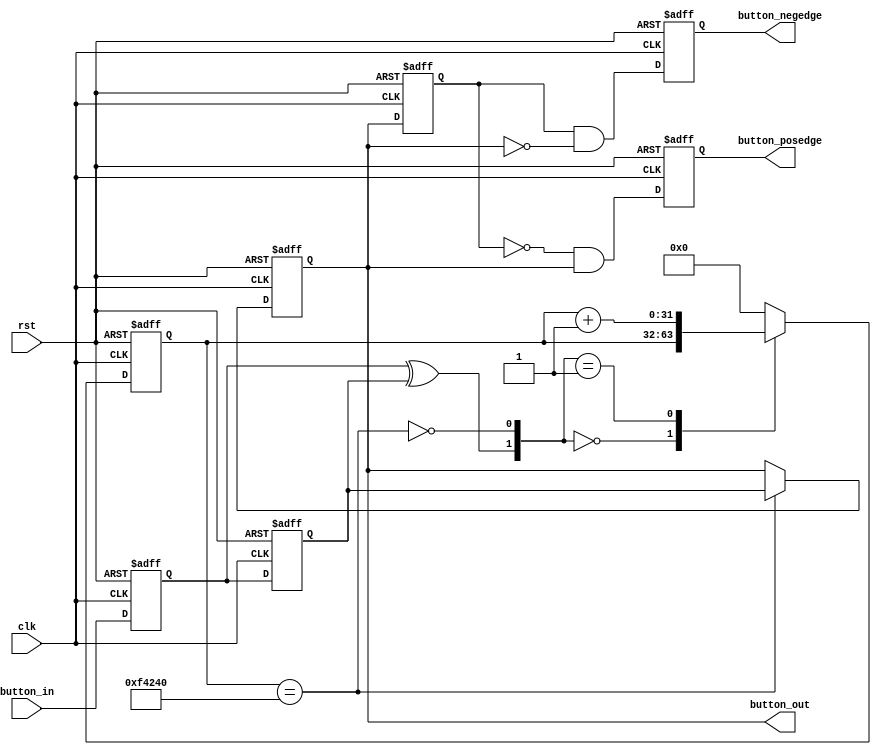
module  ax_debounce //
(
    input       clk, 
    input       rst, 
    input       button_in,
    output reg  button_posedge,
    output reg  button_negedge,
    output reg  button_out
);
//// ---------------- internal constants --------------
parameter N = 32 ;           // debounce timer bitwidth
parameter FREQ = 50;         //model clock :Mhz
parameter MAX_TIME = 20;     //ms
localparam TIMER_MAX_VAL =   MAX_TIME * 1000 * FREQ;
////---------------- internal variables ---------------
reg  [N-1 : 0]  q_reg;      // timing regs
reg  [N-1 : 0]  q_next;
reg DFF1, DFF2;             // input flip-flops
wire q_add;                 // control flags
wire q_reset;
reg button_out_d0;
//// ------------------------------------------------------

////contenious assignment for counter control
assign q_reset = (DFF1  ^ DFF2);          // xor input flip flops to look for level chage to reset counter
assign q_add = ~(q_reg == TIMER_MAX_VAL); // add to counter when q_reg msb is equal to 0
    
//// combo counter to manage q_next 
always @ ( q_reset, q_add, q_reg)
begin
    case( {q_reset , q_add})
        2'b00 :
                q_next <= q_reg;
        2'b01 :
                q_next <= q_reg + 1;
        default :
                q_next <= { N {1'b0} };
    endcase     
end

//// Flip flop inputs and q_reg update
always @ ( posedge clk or posedge rst)
begin
    if(rst == 1'b1)
    begin
        DFF1 <= 1'b0;
        DFF2 <= 1'b0;
        q_reg <= { N {1'b0} };
    end
    else
    begin
        DFF1 <= button_in;
        DFF2 <= DFF1;
        q_reg <= q_next;
    end
end

//// counter control
always @ ( posedge clk or posedge rst)
begin
	if(rst == 1'b1)
		button_out <= 1'b1;
    else if(q_reg == TIMER_MAX_VAL)
        button_out <= DFF2;
    else
        button_out <= button_out;
end

always @ ( posedge clk or posedge rst)
begin
	if(rst == 1'b1)
	begin
		button_out_d0 <= 1'b1;
		button_posedge <= 1'b0;
		button_negedge <= 1'b0;
	end
	else
	begin
		button_out_d0 <= button_out;
		button_posedge <= ~button_out_d0 & button_out;
		button_negedge <= button_out_d0 & ~button_out;
	end	
end
endmodule